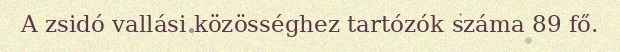
A zsidó vallási közösséghez tartózók száma 89 fő.